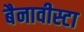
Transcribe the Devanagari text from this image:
बैनावीस्टा